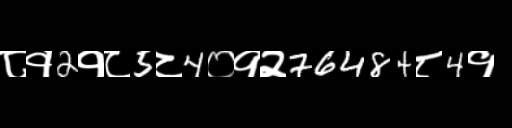
Text: ८१2१८5८4०१२76484८4१